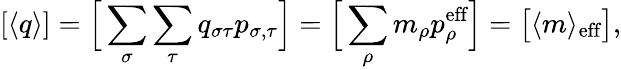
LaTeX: [\langle q\rangle]=\Big[\sum_{\sigma}\sum_{\tau}q_{\sigma\tau}p_{\sigma,\tau}\Big]=\Big[\sum_{\rho}m_{\rho}p_{\rho}^{\textrm{eff}}\Big]=\big[\langle m\rangle_{\textrm{eff}}\big],